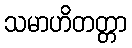
သမာဟိတတ္တာ